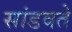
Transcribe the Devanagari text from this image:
सांडवते